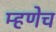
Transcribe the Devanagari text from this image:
म्हणेच